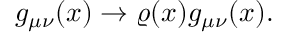
g _ { \mu \nu } ( x ) \rightarrow \varrho ( x ) g _ { \mu \nu } ( x ) .